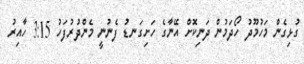
ގުޅިގެން މަހުމޫދު ހޯދަމުން ދަނިކޮށް އޭނާގެ ހަށިގަނޑު ފެނުނީ މެންދުރުފަހު 3:15 ހާއިރު